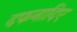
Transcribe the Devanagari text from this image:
दफनादिए